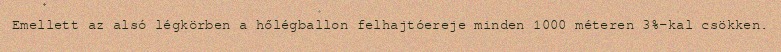
Emellett az alsó légkörben a hőlégballon felhajtóereje minden 1000 méteren 3%-kal csökken.